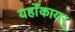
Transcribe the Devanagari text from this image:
यहाँकायर्